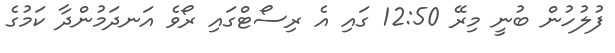
ފުލުހުން ބުނީ މިރޭ 12:50 ގައި އެ ރިސޯޓްގައި ރޯވެ އަނދަމުންދާ ކަމުގެ